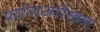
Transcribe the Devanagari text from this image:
प्रयोगआरेखन